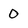
Character: 0